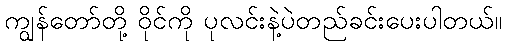
ကျွန်တော်တို့ ဝိုင်ကို ပုလင်းနဲ့ပဲတည်ခင်းပေးပါတယ်။